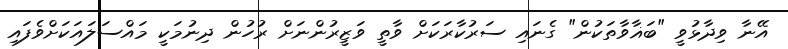
އޭނާ ވިދާޅުވީ "ބަޣާވާތަކުން" ގެނައި ސަރުކާރަކަށް ވާތީ ވަޒީރުންނަށް ރުހުން ދިނުމަކީ މައްސަލައަކަށްވެފައި